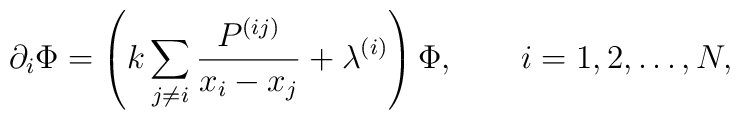
\partial_i\Phi = \left(k \sum_{j\ne i} \frac{P^{(ij)}}{x_i-x_j} +\lambda^{(i)}  \right) \Phi, \qquad i=1,2,\ldots,N,